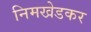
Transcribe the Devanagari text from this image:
निमखेडकर